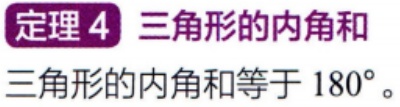
**定理 4** 三角形的内角和
三角形的内角和等于 \(180^{\circ}\)。